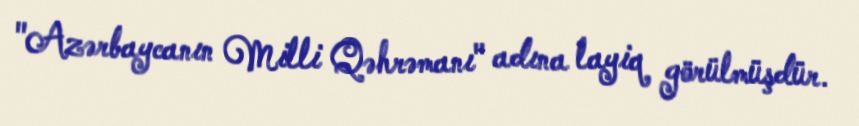
"Azərbaycanın Milli Qəhrəmanı" adına layiq görülmüşdür.